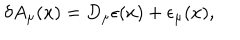
LaTeX: \delta A _ { \mu } ( x ) = D _ { \mu } \epsilon ( x ) + \epsilon _ { \mu } ( x ) ,